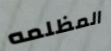
المظلمه